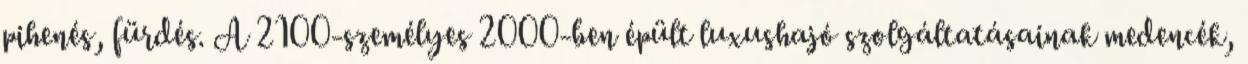
pihenés, fürdés. A 2100-személyes 2000-ben épült luxushajó szolgáltatásainak medencék,